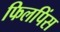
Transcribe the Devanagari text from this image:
फिलपिंस